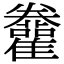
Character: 𩁫